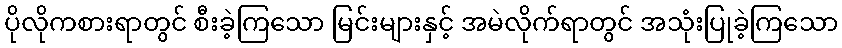
ပိုလိုကစားရာတွင် စီးခဲ့ကြသော မြင်းများနှင့် အမဲလိုက်ရာတွင် အသုံးပြုခဲ့ကြသော